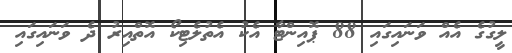
ލީގުގެ އެއް ވަނައިގައި 88 ޕޮއިންޓާ އެކު އެތުލެޓިކޯ އޮތްއިރު ދެ ވަނައިގައި